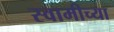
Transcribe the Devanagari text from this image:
स्‍वामीच्‍या